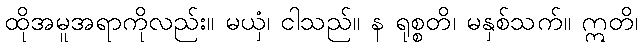
ထိုအမူအရာကိုလည်း။ မယှံ၊ ငါသည်။ န ရုစ္စတိ၊ မနှစ်သက်။ ဣတိ၊